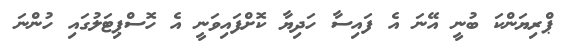
ޕްރިޔަންކަ ބުނީ އޭނަ އެ ފައިސާ ހަދިޔާ ކޮށްފައިވަނީ އެ ހޮސްޕިޓަލުގައި ހުންނަ